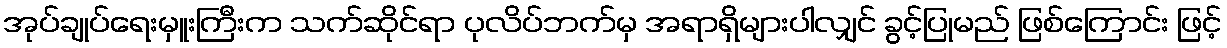
အုပ်ချုပ်ရေးမှူးကြီးက သက်ဆိုင်ရာ ပုလိပ်ဘက်မှ အရာရှိများပါလျှင် ခွင့်ပြုမည် ဖြစ်ကြောင်း ဖြင့်